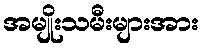
အမျိုးသမီးများအား